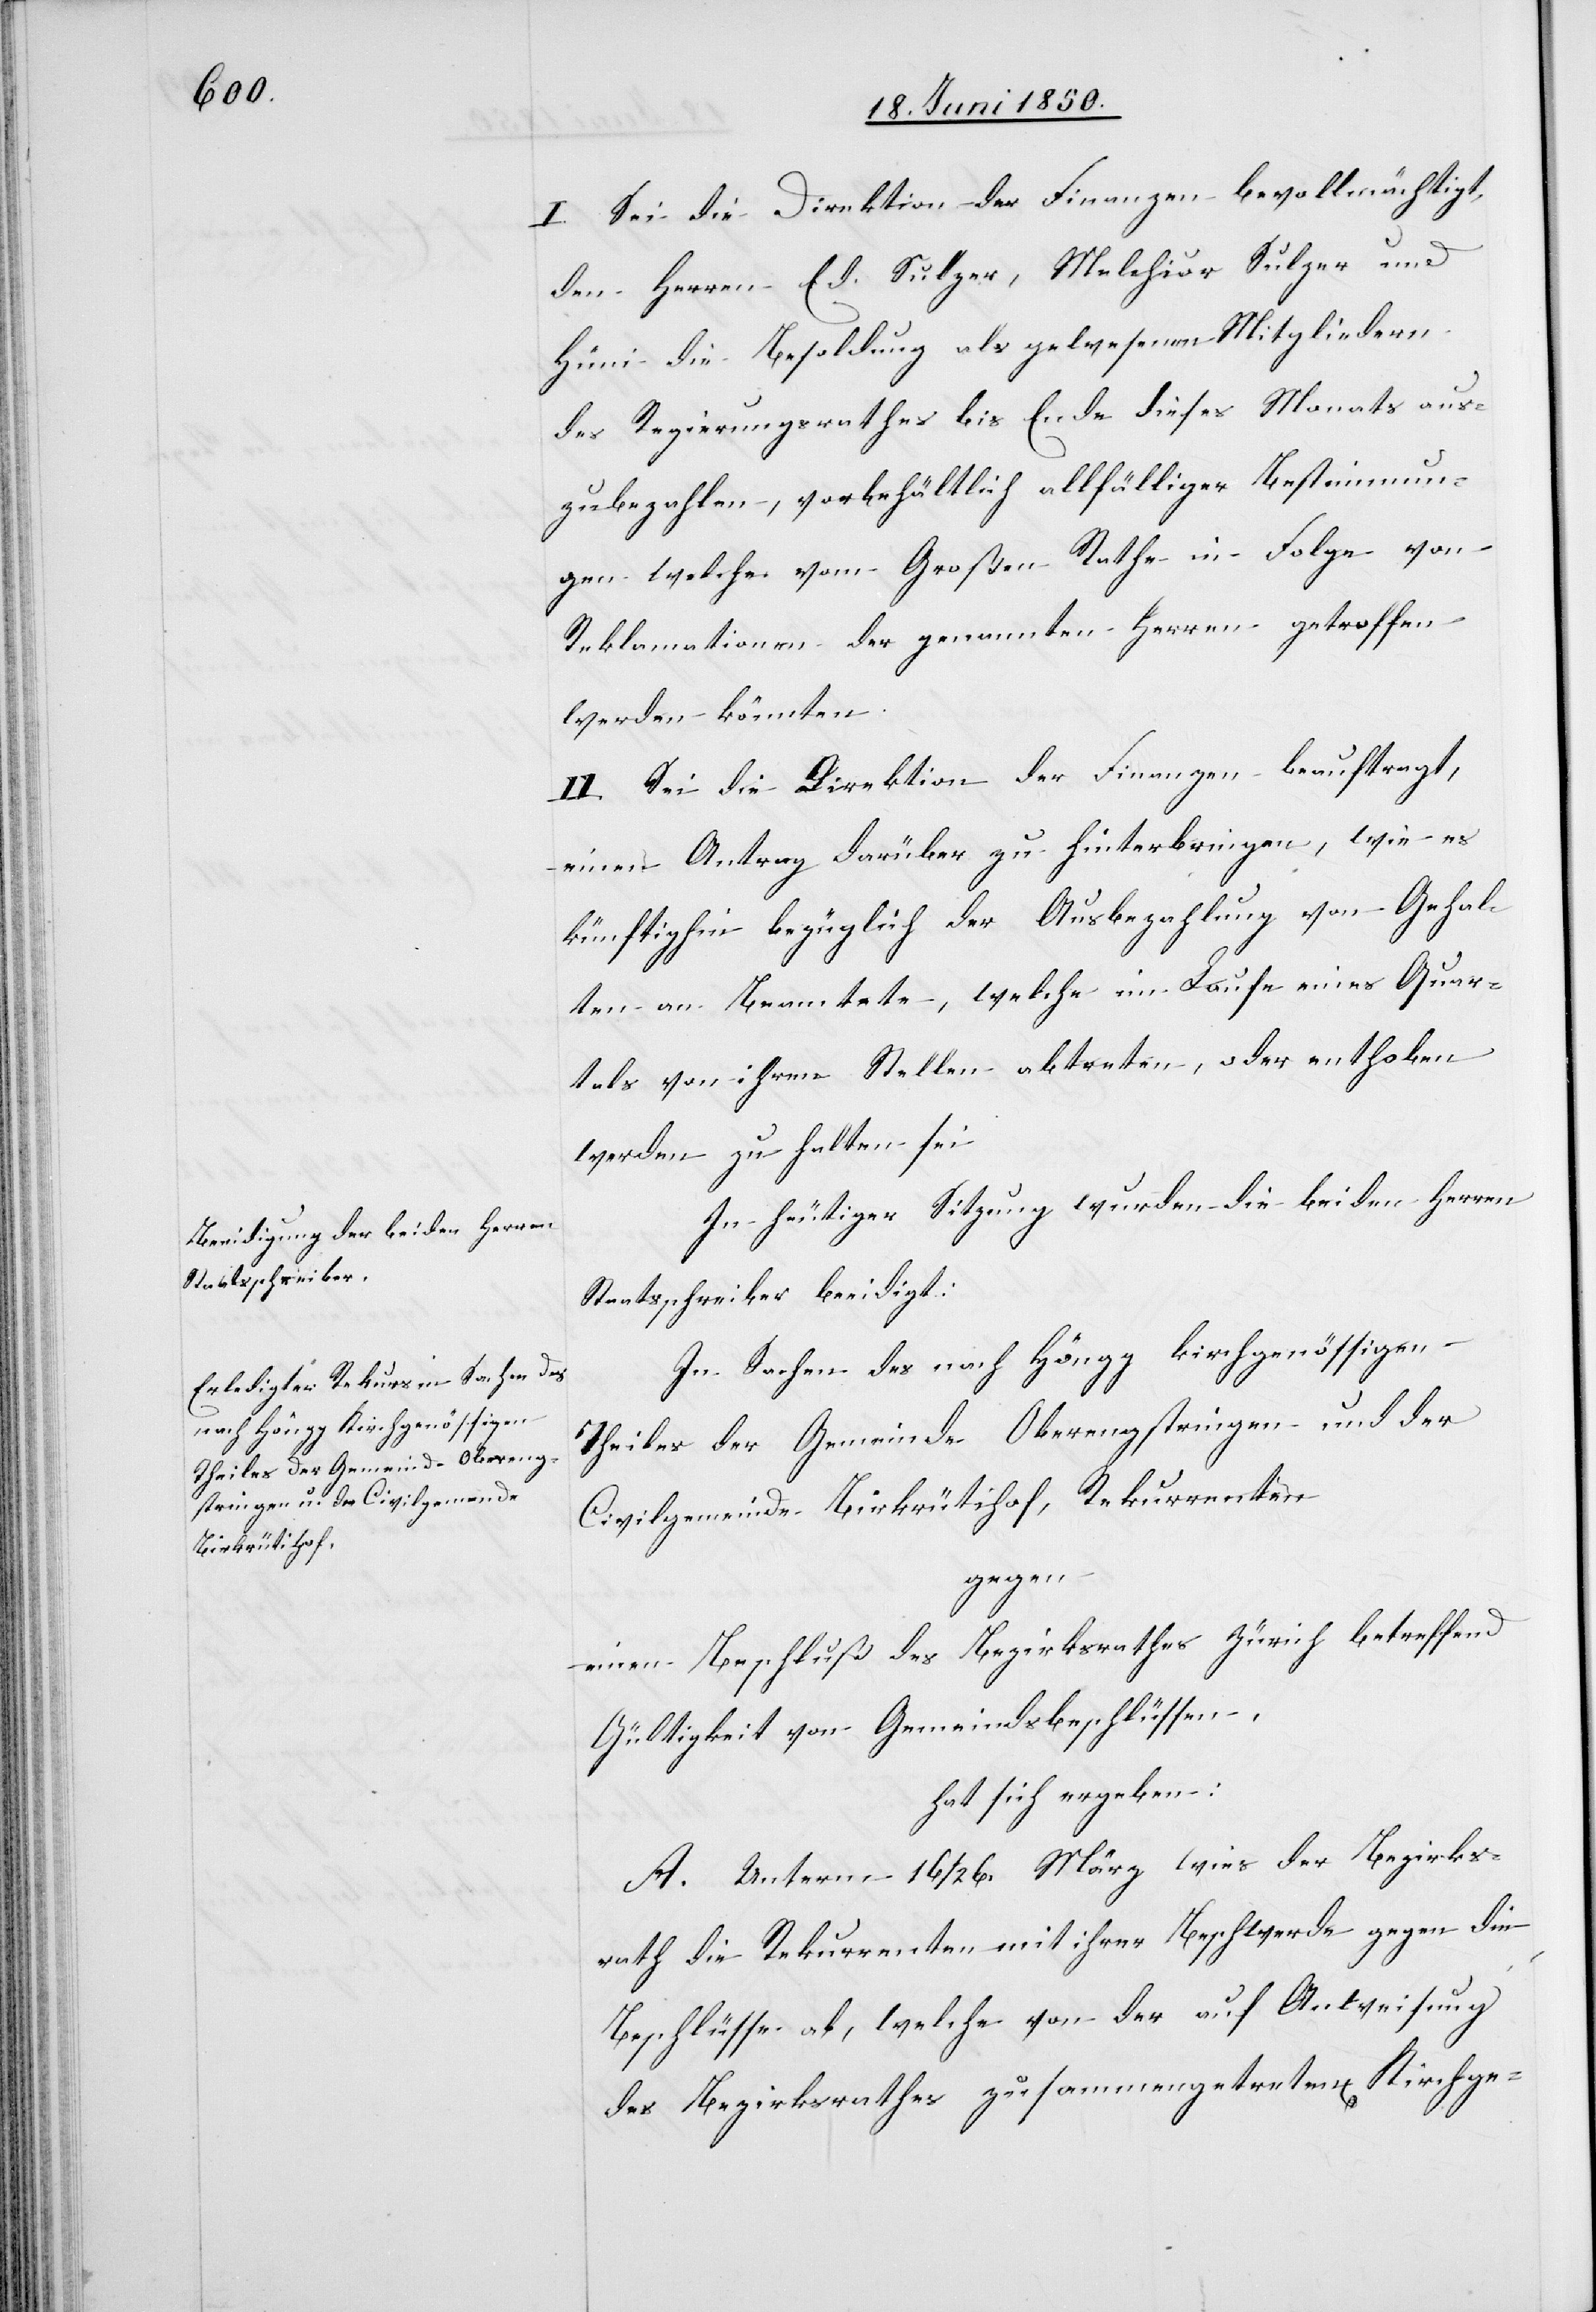
I. Sei die Direktion der Finanzen bevollmächtigt,
den Herren Ed. Sulzer, Melchior Sulzer und
Hüni die Besoldung als gewesenen Mitgliedern
des Regierungsrathes bis Ende dieses Monats aus¬
zubezahlen, vorbehältlich allfälliger Bestimmun¬
gen welche vom Großen Rathe in Folge von
Reklamationen der genannten Herren getroffen
werden könnten.
II. Sei die Direktion der Finanzen beauftragt,
einen Antrag darüber zu hinterbringen, wie es
künftighin bezüglich der Ausbezahlung von Gehal¬
ten an Beamtete, welche im Laufe eines Quar¬
tals von ihren Stellen abtreten, oder enthoben
werden zu halten sei[.]
In heutiger Sitzung wurden die beiden Herren
Staatsschreiber beeidigt.
In Sachen des nach Höngg kirchgenössigen
Theiles der Gemeinde Oberengstringen und der
Civilgemeinde Birkrütihof, Rekurrenten
gegen
einen Beschluß des Bezirksrathes Zürich betreffend
Gültigkeit von Gemeindsbeschlüssen,
hat sich ergeben:
A. Unterm 16/26. März wies der Bezirks¬
rath die Rekurrenten mit ihrer Beschwerde gegen die
Beschlüsse ab, welche von der auf Anweisung
des Bezirksrathes zusammengetreten[en] Kirchge-